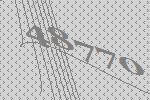
48770